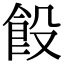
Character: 䬦